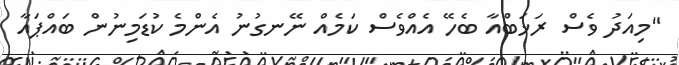
"މިއަދު ވެސް ރަޚަބްއާ ބެހޭ އެއްވެސް ކަމެއް ނޭނގުނު އެންމެ ކުޑަމިނުން ބައްޕައާ